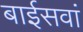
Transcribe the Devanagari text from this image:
बाईसवां